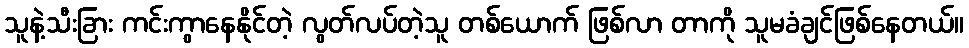
သူနဲ့သီးခြား ကင်းကွာနေနိုင်တဲ့ လွတ်လပ်တဲ့သူ တစ်ယောက် ဖြစ်လာ တာကို သူမခံချင်ဖြစ်နေတယ်။